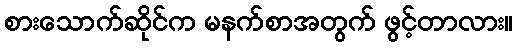
စားသောက်ဆိုင်က မနက်စာအတွက် ဖွင့်တာလား။